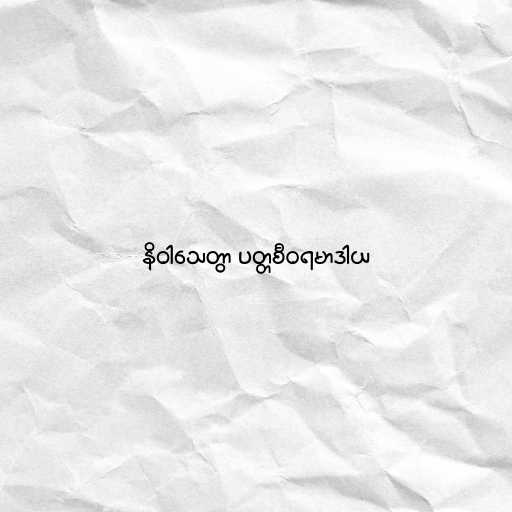
နိဝါသေတွာ ပတ္တစီဝရမာဒါယ